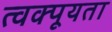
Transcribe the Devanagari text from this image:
त्वक्पूयता